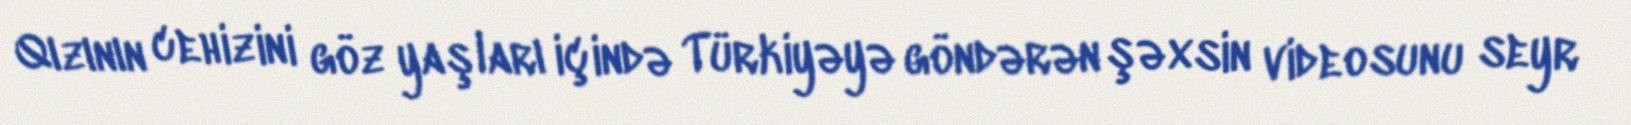
Qızının cehizini göz yaşları içində Türkiyəyə göndərən şəxsin videosunu seyr